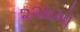
૨૨૪મો